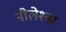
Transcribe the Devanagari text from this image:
नीलेश्बर